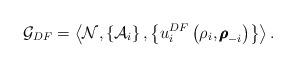
LaTeX: \begin{align*}{\mathcal{G}}_{DF} = \left\langle {\mathcal{N},\left\{ \mathcal{A}_i \right\},\left\{{{u}_i^{DF}}\left( {{\rho_i},{{\pmb{\rho}}_{ -i}}} \right)\right\} }\right\rangle.\end{align*}